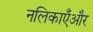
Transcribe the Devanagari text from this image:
नलिकाएँऔर